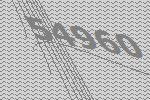
54960